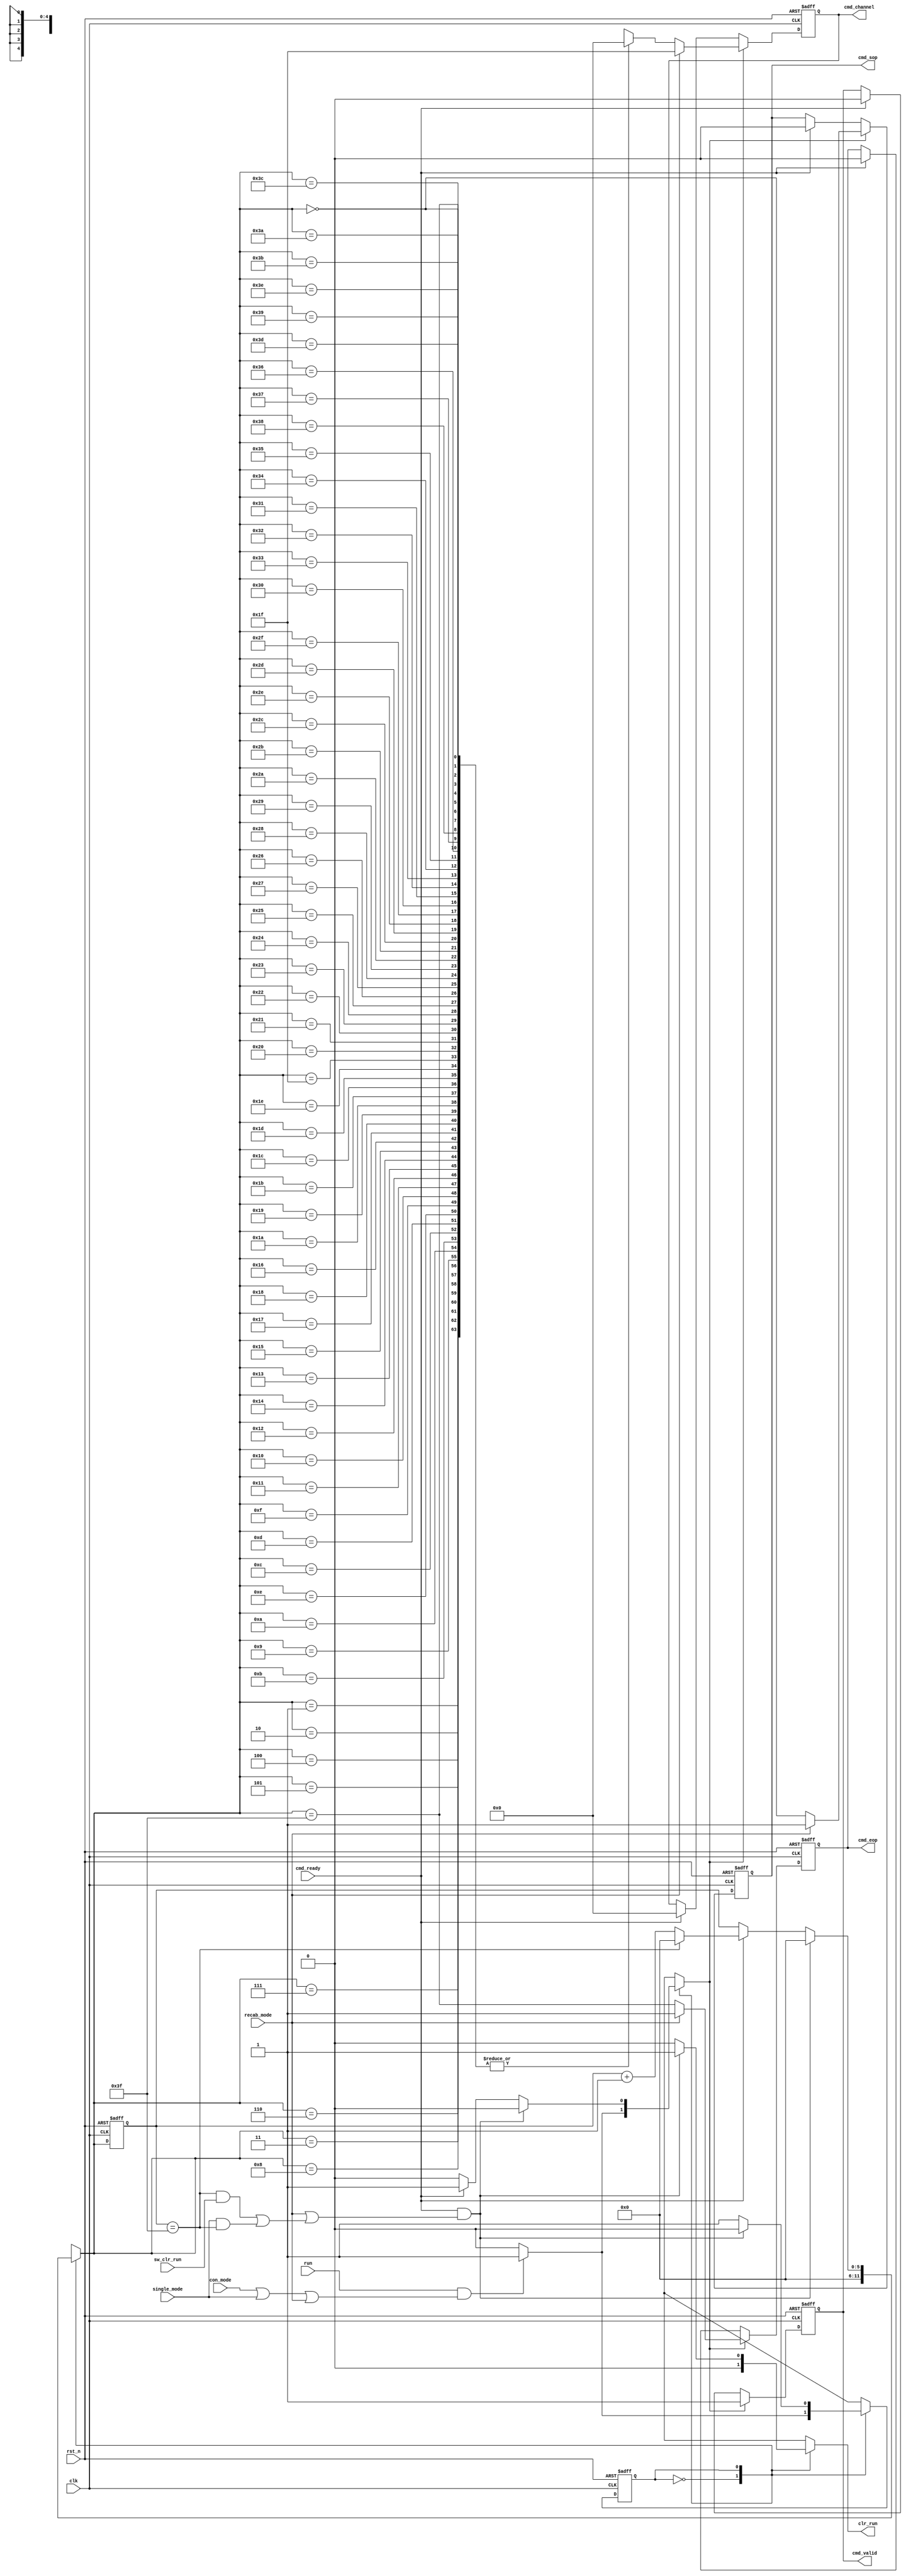
// (C) 2001-2020 Intel Corporation. All rights reserved.
// Your use of Intel Corporation's design tools, logic functions and other 
// software and tools, and its AMPP partner logic functions, and any output 
// files from any of the foregoing (including device programming or simulation 
// files), and any associated documentation or information are expressly subject 
// to the terms and conditions of the Intel Program License Subscription 
// Agreement, Intel FPGA IP License Agreement, or other applicable 
// license agreement, including, without limitation, that your use is for the 
// sole purpose of programming logic devices manufactured by Intel and sold by 
// Intel or its authorized distributors.  Please refer to the applicable 
// agreement for further details.


// (C) 2001-2016 Intel Corporation. All rights reserved.
// Your use of Intel Corporation's design tools, logic functions and other 
// software and tools, and its AMPP partner logic functions, and any output 
// files any of the foregoing (including device programming or simulation 
// files), and any associated documentation or information are expressly subject 
// to the terms and conditions of the Intel Program License Subscription 
// Agreement, Intel MegaCore Function License Agreement, or other applicable 
// license agreement, including, without limitation, that your use is for the 
// sole purpose of programming logic devices manufactured by Intel and sold by 
// Intel or its authorized distributors.  Please refer to the applicable 
// agreement for further details.


// synthesis translate_off
`timescale 1ns / 1ps
// synthesis translate_on

module altera_modular_adc_sequencer_ctrl #(
    parameter   CSD_LENGTH      = 64,
    parameter   CSD_ASIZE       = 6,
    parameter   CSD_SLOT_0      = 5'h0,
    parameter   CSD_SLOT_1      = 5'h0,
    parameter   CSD_SLOT_2      = 5'h0,
    parameter   CSD_SLOT_3      = 5'h0,
    parameter   CSD_SLOT_4      = 5'h0,
    parameter   CSD_SLOT_5      = 5'h0,
    parameter   CSD_SLOT_6      = 5'h0,
    parameter   CSD_SLOT_7      = 5'h0,
    parameter   CSD_SLOT_8      = 5'h0,
    parameter   CSD_SLOT_9      = 5'h0,
    parameter   CSD_SLOT_10     = 5'h0,
    parameter   CSD_SLOT_11     = 5'h0,
    parameter   CSD_SLOT_12     = 5'h0,
    parameter   CSD_SLOT_13     = 5'h0,
    parameter   CSD_SLOT_14     = 5'h0,
    parameter   CSD_SLOT_15     = 5'h0,
    parameter   CSD_SLOT_16     = 5'h0,
    parameter   CSD_SLOT_17     = 5'h0,
    parameter   CSD_SLOT_18     = 5'h0,
    parameter   CSD_SLOT_19     = 5'h0,
    parameter   CSD_SLOT_20     = 5'h0,
    parameter   CSD_SLOT_21     = 5'h0,
    parameter   CSD_SLOT_22     = 5'h0,
    parameter   CSD_SLOT_23     = 5'h0,
    parameter   CSD_SLOT_24     = 5'h0,
    parameter   CSD_SLOT_25     = 5'h0,
    parameter   CSD_SLOT_26     = 5'h0,
    parameter   CSD_SLOT_27     = 5'h0,
    parameter   CSD_SLOT_28     = 5'h0,
    parameter   CSD_SLOT_29     = 5'h0,
    parameter   CSD_SLOT_30     = 5'h0,
    parameter   CSD_SLOT_31     = 5'h0,
    parameter   CSD_SLOT_32     = 5'h0,
    parameter   CSD_SLOT_33     = 5'h0,
    parameter   CSD_SLOT_34     = 5'h0,
    parameter   CSD_SLOT_35     = 5'h0,
    parameter   CSD_SLOT_36     = 5'h0,
    parameter   CSD_SLOT_37     = 5'h0,
    parameter   CSD_SLOT_38     = 5'h0,
    parameter   CSD_SLOT_39     = 5'h0,
    parameter   CSD_SLOT_40     = 5'h0,
    parameter   CSD_SLOT_41     = 5'h0,
    parameter   CSD_SLOT_42     = 5'h0,
    parameter   CSD_SLOT_43     = 5'h0,
    parameter   CSD_SLOT_44     = 5'h0,
    parameter   CSD_SLOT_45     = 5'h0,
    parameter   CSD_SLOT_46     = 5'h0,
    parameter   CSD_SLOT_47     = 5'h0,
    parameter   CSD_SLOT_48     = 5'h0,
    parameter   CSD_SLOT_49     = 5'h0,
    parameter   CSD_SLOT_50     = 5'h0,
    parameter   CSD_SLOT_51     = 5'h0,
    parameter   CSD_SLOT_52     = 5'h0,
    parameter   CSD_SLOT_53     = 5'h0,
    parameter   CSD_SLOT_54     = 5'h0,
    parameter   CSD_SLOT_55     = 5'h0,
    parameter   CSD_SLOT_56     = 5'h0,
    parameter   CSD_SLOT_57     = 5'h0,
    parameter   CSD_SLOT_58     = 5'h0,
    parameter   CSD_SLOT_59     = 5'h0,
    parameter   CSD_SLOT_60     = 5'h0,
    parameter   CSD_SLOT_61     = 5'h0,
    parameter   CSD_SLOT_62     = 5'h0,
    parameter   CSD_SLOT_63     = 5'h0
) (
    input               clk,
    input               rst_n,
    input               run,
    input               sw_clr_run,
    input               con_mode,
    input               single_mode,
    input               recab_mode,
    input               cmd_ready,

    output reg          cmd_valid,
    output reg [4:0]    cmd_channel,
    output reg          cmd_sop,
    output reg          cmd_eop,
    output reg          clr_run
);

reg                     seq_state;
reg                     seq_state_nxt;
reg [CSD_ASIZE-1:0]     slot_sel;
reg [CSD_ASIZE-1:0]     slot_sel_nxt;
reg                     valid_req;

wire [4:0]      csd[0:63];
wire [4:0]      csdmem[0:CSD_LENGTH-1];
wire            last_slot;
wire            done;
wire            done_con;
wire            done_single;
wire            valid_mode;
wire [4:0]      cmd_channel_nxt;
wire            cmd_sop_nxt;
wire            cmd_eop_nxt;

localparam          IDLE        = 1'b0;
localparam          READY       = 1'b1;


//--------------------------------------------------------------------------------------------//
// Assign conversion sequence data parameter into a temporary array
//--------------------------------------------------------------------------------------------//
assign csd[0] = CSD_SLOT_0;
assign csd[1] = CSD_SLOT_1;
assign csd[2] = CSD_SLOT_2;
assign csd[3] = CSD_SLOT_3;
assign csd[4] = CSD_SLOT_4;
assign csd[5] = CSD_SLOT_5;
assign csd[6] = CSD_SLOT_6;
assign csd[7] = CSD_SLOT_7;
assign csd[8] = CSD_SLOT_8;
assign csd[9] = CSD_SLOT_9;
assign csd[10] = CSD_SLOT_10;
assign csd[11] = CSD_SLOT_11;
assign csd[12] = CSD_SLOT_12;
assign csd[13] = CSD_SLOT_13;
assign csd[14] = CSD_SLOT_14;
assign csd[15] = CSD_SLOT_15;
assign csd[16] = CSD_SLOT_16;
assign csd[17] = CSD_SLOT_17;
assign csd[18] = CSD_SLOT_18;
assign csd[19] = CSD_SLOT_19;
assign csd[20] = CSD_SLOT_20;
assign csd[21] = CSD_SLOT_21;
assign csd[22] = CSD_SLOT_22;
assign csd[23] = CSD_SLOT_23;
assign csd[24] = CSD_SLOT_24;
assign csd[25] = CSD_SLOT_25;
assign csd[26] = CSD_SLOT_26;
assign csd[27] = CSD_SLOT_27;
assign csd[28] = CSD_SLOT_28;
assign csd[29] = CSD_SLOT_29;
assign csd[30] = CSD_SLOT_30;
assign csd[31] = CSD_SLOT_31;
assign csd[32] = CSD_SLOT_32;
assign csd[33] = CSD_SLOT_33;
assign csd[34] = CSD_SLOT_34;
assign csd[35] = CSD_SLOT_35;
assign csd[36] = CSD_SLOT_36;
assign csd[37] = CSD_SLOT_37;
assign csd[38] = CSD_SLOT_38;
assign csd[39] = CSD_SLOT_39;
assign csd[40] = CSD_SLOT_40;
assign csd[41] = CSD_SLOT_41;
assign csd[42] = CSD_SLOT_42;
assign csd[43] = CSD_SLOT_43;
assign csd[44] = CSD_SLOT_44;
assign csd[45] = CSD_SLOT_45;
assign csd[46] = CSD_SLOT_46;
assign csd[47] = CSD_SLOT_47;
assign csd[48] = CSD_SLOT_48;
assign csd[49] = CSD_SLOT_49;
assign csd[50] = CSD_SLOT_50;
assign csd[51] = CSD_SLOT_51;
assign csd[52] = CSD_SLOT_52;
assign csd[53] = CSD_SLOT_53;
assign csd[54] = CSD_SLOT_54;
assign csd[55] = CSD_SLOT_55;
assign csd[56] = CSD_SLOT_56;
assign csd[57] = CSD_SLOT_57;
assign csd[58] = CSD_SLOT_58;
assign csd[59] = CSD_SLOT_59;
assign csd[60] = CSD_SLOT_60;
assign csd[61] = CSD_SLOT_61;
assign csd[62] = CSD_SLOT_62;
assign csd[63] = CSD_SLOT_63;



//--------------------------------------------------------------------------------------------//
// Assign valid conversion sequence data parameter into an array
//--------------------------------------------------------------------------------------------//
genvar i;
generate
    for (i=0; i<CSD_LENGTH; i=i+1) begin : assign_csdmem
        assign csdmem[i] = csd[i];
    end
endgenerate



//--------------------------------------------------------------------------------------------//
// Sequncer FSM
//--------------------------------------------------------------------------------------------//
always @(posedge clk or negedge rst_n) begin
    if (!rst_n)
        seq_state   <= IDLE;
    else
        seq_state   <= seq_state_nxt;
end

always @* begin
    case (seq_state)
        IDLE: begin
            clr_run         = 1'b0;
            slot_sel_nxt    = {CSD_ASIZE{1'b0}};

            if (run & valid_mode) begin
                seq_state_nxt   = READY;
                valid_req       = 1'b1;
            end
            else begin
                seq_state_nxt   = IDLE;
                valid_req       = 1'b0;
            end
        end

        READY: begin
            if (cmd_ready & (recab_mode | done)) begin
                seq_state_nxt   = IDLE;
                valid_req       = 1'b0;
                slot_sel_nxt    = {CSD_ASIZE{1'b0}};
                clr_run         = 1'b1;
            end
            else if (cmd_ready) begin
                seq_state_nxt   = READY;
                valid_req       = 1'b1;
                clr_run         = 1'b0;

                if (last_slot)
                    slot_sel_nxt    = {CSD_ASIZE{1'b0}};
                else
                    slot_sel_nxt    = slot_sel + {{(CSD_ASIZE-1){1'b0}}, 1'b1};

            end
            else begin
                seq_state_nxt   = READY;
                valid_req       = 1'b0;
                slot_sel_nxt    = slot_sel;
                clr_run         = 1'b0;
            end
        end
        
        default: begin
            seq_state_nxt   = IDLE;
            valid_req       = 1'b0;
            slot_sel_nxt    = {CSD_ASIZE{1'b0}};
            clr_run         = 1'b0;
        end

    endcase
end



//--------------------------------------------------------------------------------------------//
// Counter for slot selector
//--------------------------------------------------------------------------------------------//
always @(posedge clk or negedge rst_n) begin
    if (!rst_n)
        slot_sel <= {CSD_ASIZE{1'b0}};
    else
        slot_sel <= slot_sel_nxt;
end



//--------------------------------------------------------------------------------------------//
// Misc logic to detect sequence complete
//--------------------------------------------------------------------------------------------//
assign last_slot        = (slot_sel == (CSD_LENGTH-1));
assign done_single      = single_mode & last_slot;
assign done_con         = last_slot & sw_clr_run;
assign done             = done_con | done_single;
assign valid_mode       = con_mode | single_mode | recab_mode;
assign cmd_channel_nxt  = recab_mode ? 5'h1f : csdmem[slot_sel_nxt];
assign cmd_sop_nxt      = recab_mode ? 1'b1 : (slot_sel_nxt == {CSD_ASIZE{1'b0}});
assign cmd_eop_nxt      = recab_mode ? 1'b1 : (slot_sel_nxt == (CSD_LENGTH-1));



//--------------------------------------------------------------------------------------------//
// Output register for Avalon ST Command Interface
//--------------------------------------------------------------------------------------------//
always @(posedge clk or negedge rst_n) begin
    if (!rst_n) begin
        cmd_valid       <= 1'b0;
        cmd_channel     <= 5'h0;
        cmd_sop         <= 1'b0;
        cmd_eop         <= 1'b0;
    end
    else if (valid_req) begin
        cmd_valid       <= 1'b1;
        cmd_channel     <= cmd_channel_nxt;
        cmd_sop         <= cmd_sop_nxt;
        cmd_eop         <= cmd_eop_nxt;
    end
    else if (cmd_ready) begin
        cmd_valid       <= 1'b0;
        cmd_channel     <= 5'h0;
        cmd_sop         <= 1'b0;
        cmd_eop         <= 1'b0;
    end
end


endmodule